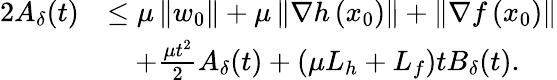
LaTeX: \begin{array}{rl}{2A_{\delta}(t)}&{\leq\mu\left\Vert w_{0}\right\Vert+\mu\left\Vert\nabla h\left(x_{0}\right)\right\Vert+\left\Vert\nabla f\left(x_{0}\right)\right\Vert}\\ &{\quad+\frac{\mu t^{2}}{2}A_{\delta}(t)+\left(\mu L_{h}+L_{f}\right)tB_{\delta}(t).}\end{array}